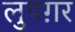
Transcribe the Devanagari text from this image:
लुपग़र